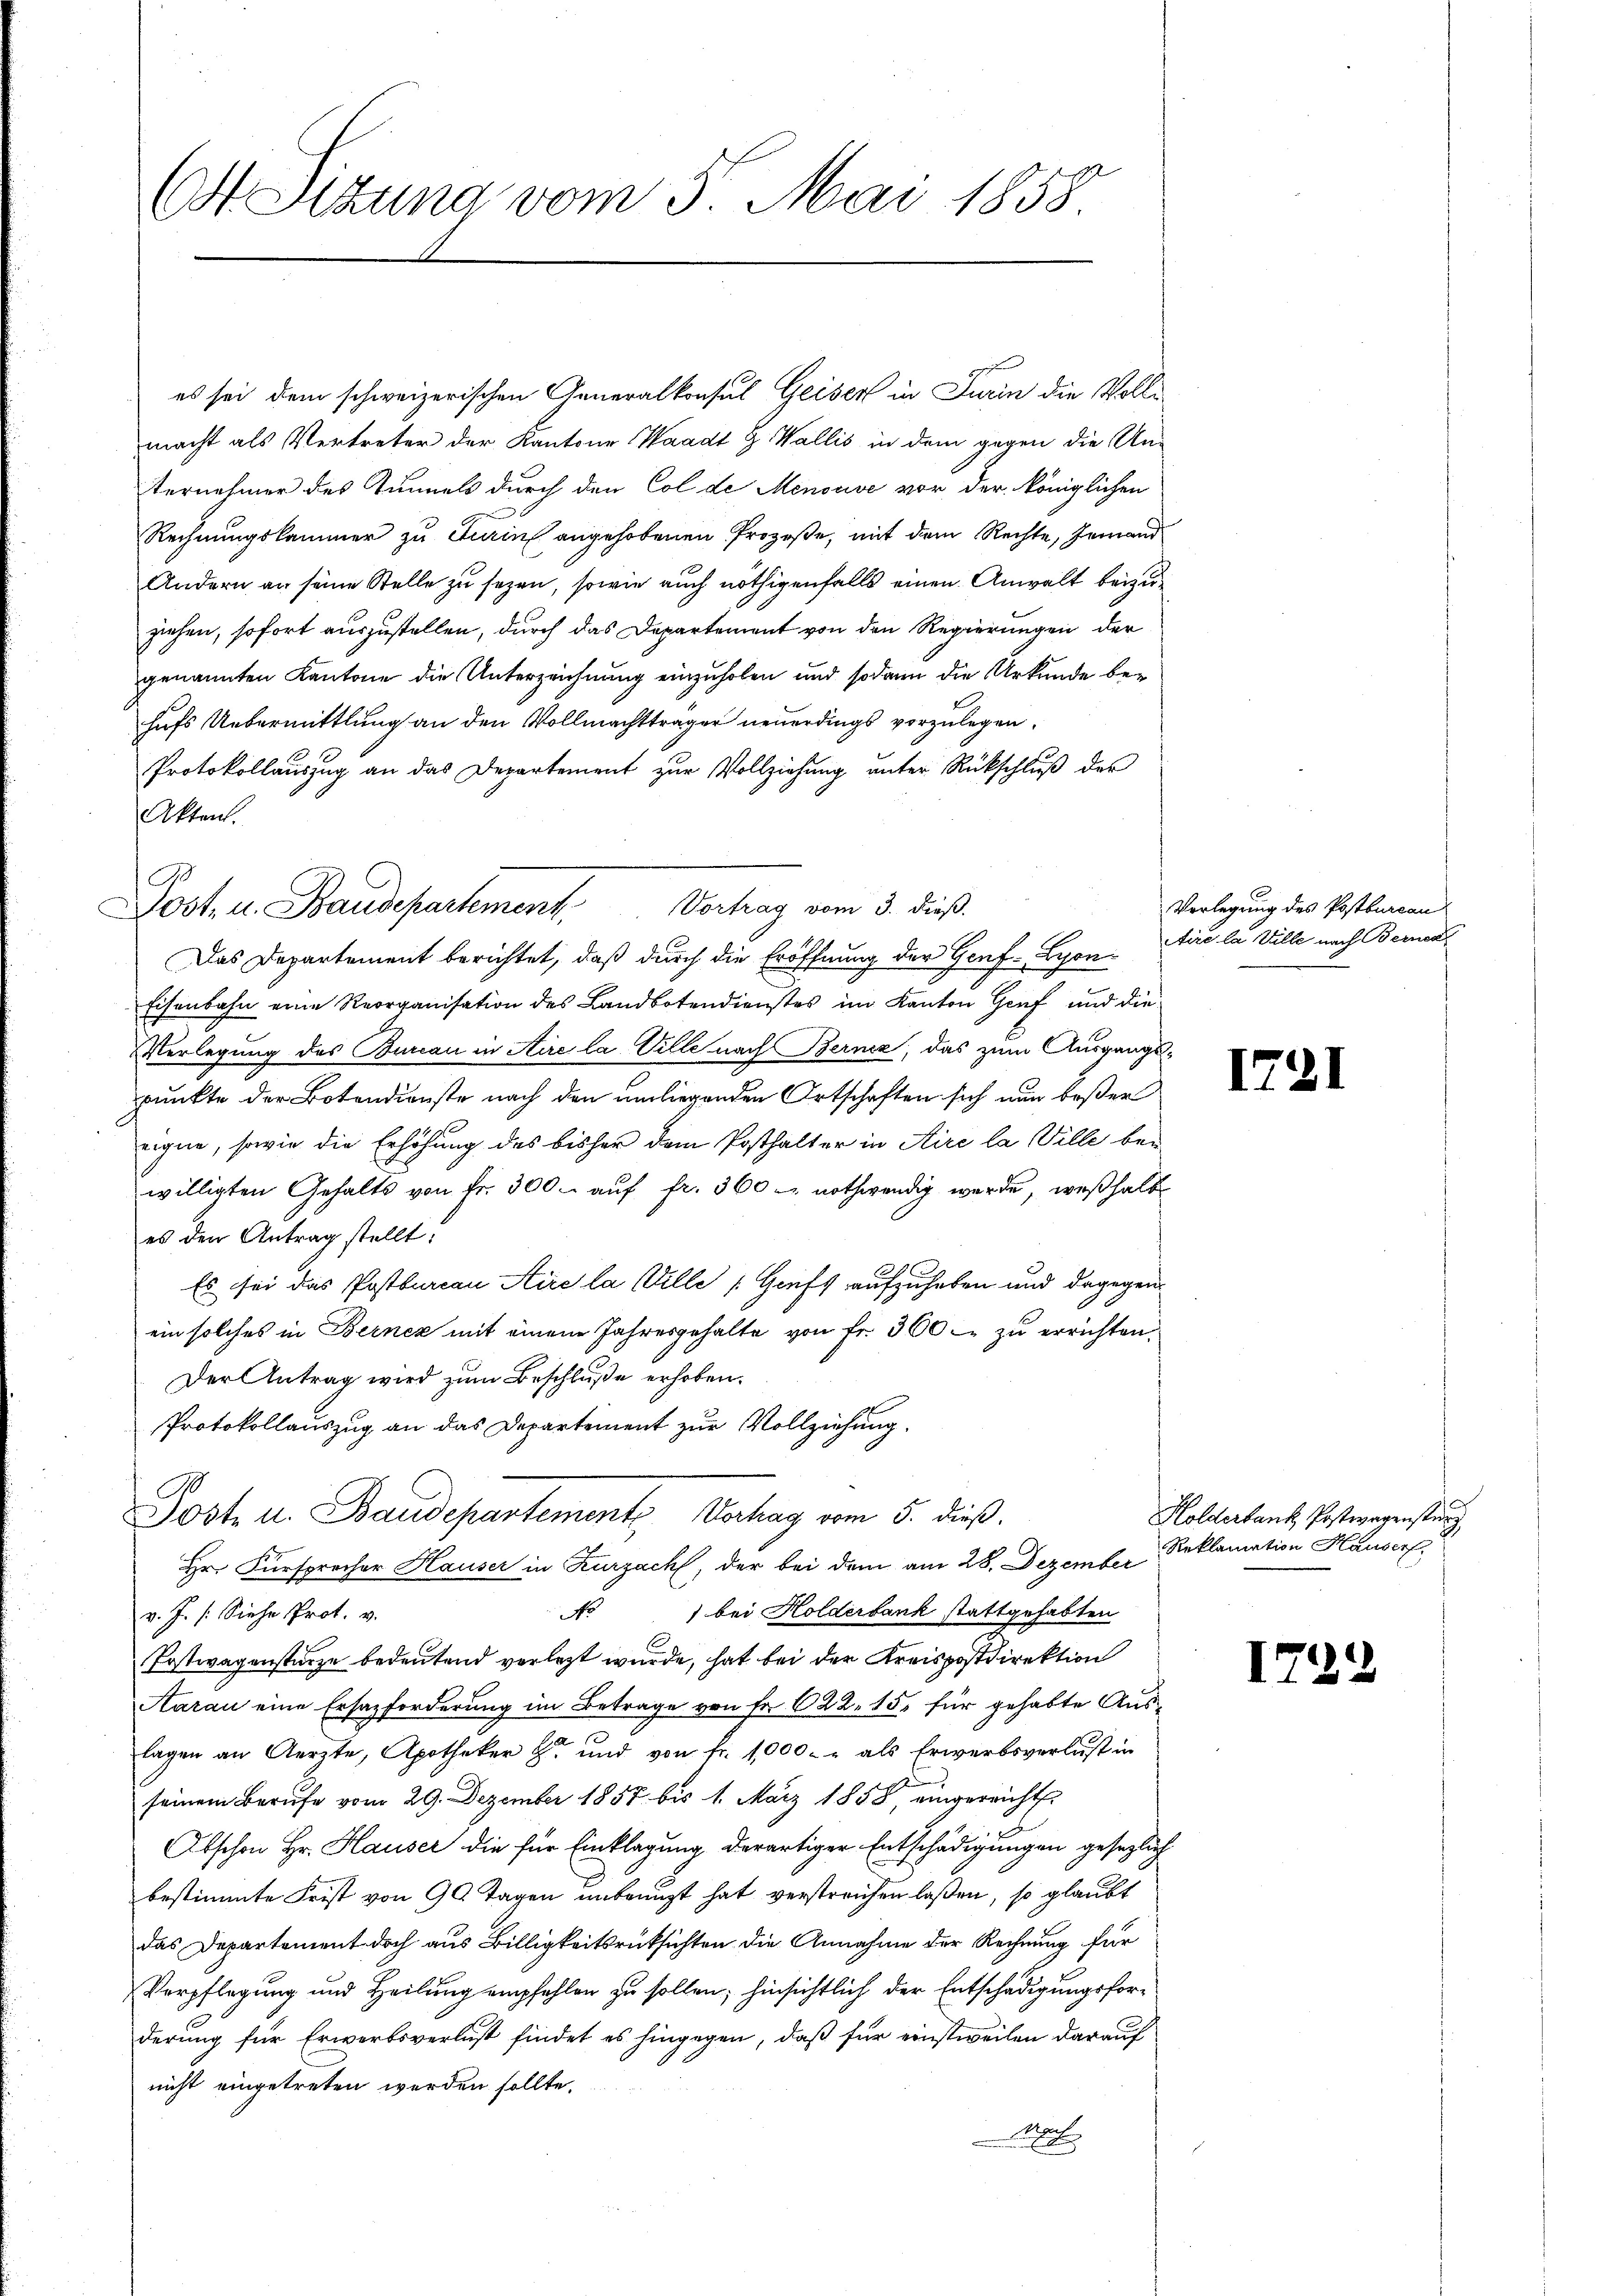
Ott Sitzung vom 5. Mai 1858

es sei dem schweizerischen Generalkonsul Geiser in Turin die Vollimacht als Vertreter der Kantone Waadt G. Wallis in dem gegen die Un-
ternehmer des Tunnels durch den Col de Menouve vor der königlichen
Rechnungskammer zu Turin angehobenen Prozeße, mit dem Rechte, jemand
Andern an seine Stelle zu sezen, sowie auch nöthigenfalls einen Anwalt beizuziehen, sofort auszustellen, durch das Departement von den Regierungen der
genannten Kantone die Unterzeichnung einzuholen und sodann die Urkunde behufs Uebermittlung an den Vollmachtträger neuerdings vorzulegen.
Protokollauszug an das Departement zur Vollziehung unter Rückschluß des
Aktens.
Vortrag vom 3. dieß.
Das Departement berichtet, daß durch die Eröffnung der Genf Lyon¬
Eisenbahn eine Reorganisation des Landbotendienstes im Kanton Genf und die
Verlegung des Bureau in Aire la Ville nach Bernz, das zum Ausgangspunkte der Botendienste nach den umliegenden Ortschaften sich nun beßer
eigne, sowie die Erhöhung des bisher dem Posthalter in Kire la Ville bei
willigten Gehalts von fr. 300. auf fr. 360 - nothwendig werde, weßhalb
es den Antrag stellt:
Es sei das Postburcan Aire la Ville (Gruft aufzuheben und dagegenein solches in Bernez mit einem Jahresgehalte von fr. 360. zŭ errichten,
Der Antrag wird zum Beschluße erhoben.
Protokollauszug an das Departement zur Vollziehung.
Post u. Baudepartemente Vortrag vom 5. dieß.
Hr. Fürsprecher Hauser in Zurzach, der bei dem am 28. Dezember
No 1 bei Holderbank stattgehabten
v. J. (Siehe Prot. v.
Tostwagenstürze bedeutend verlegt wurde, hat bei der Kreispostdirektion
Aarau eine Ersazforderung im Betrage von Fr. 622. 15. für gehabte Auslagen an Aerzte, Apotheker u. und von fr. 1000.- als Erwerbsverlust in
seinem Berufe vom 29. Dezember 1857 bis 1. März 1858, eingereicht.
Abschon Hr. Hauser die für Einklagung derartiger Entschädigungen gesezlich
bestimmte Frist von 90 Tagen unbenügt hat verstreichen laßen, so glaubt
das Departement doch aus Billigkeitsrücksichten die Annahme der Rechnung für
Verpflegung und Heilung empfehlen zu sollen; hinsichtlich der Entschädigungsforderung für Erwerbsverlust findet es hingegen, daß für einstweilen darauf
nicht eingetreten werden sollte.
e

ost- u. Staudepartement

Verlegung des Postbureau
tire la Wille nach Bernen

17.

I

Holderbank, Postwegensturz
Reklamation Hauserf

122